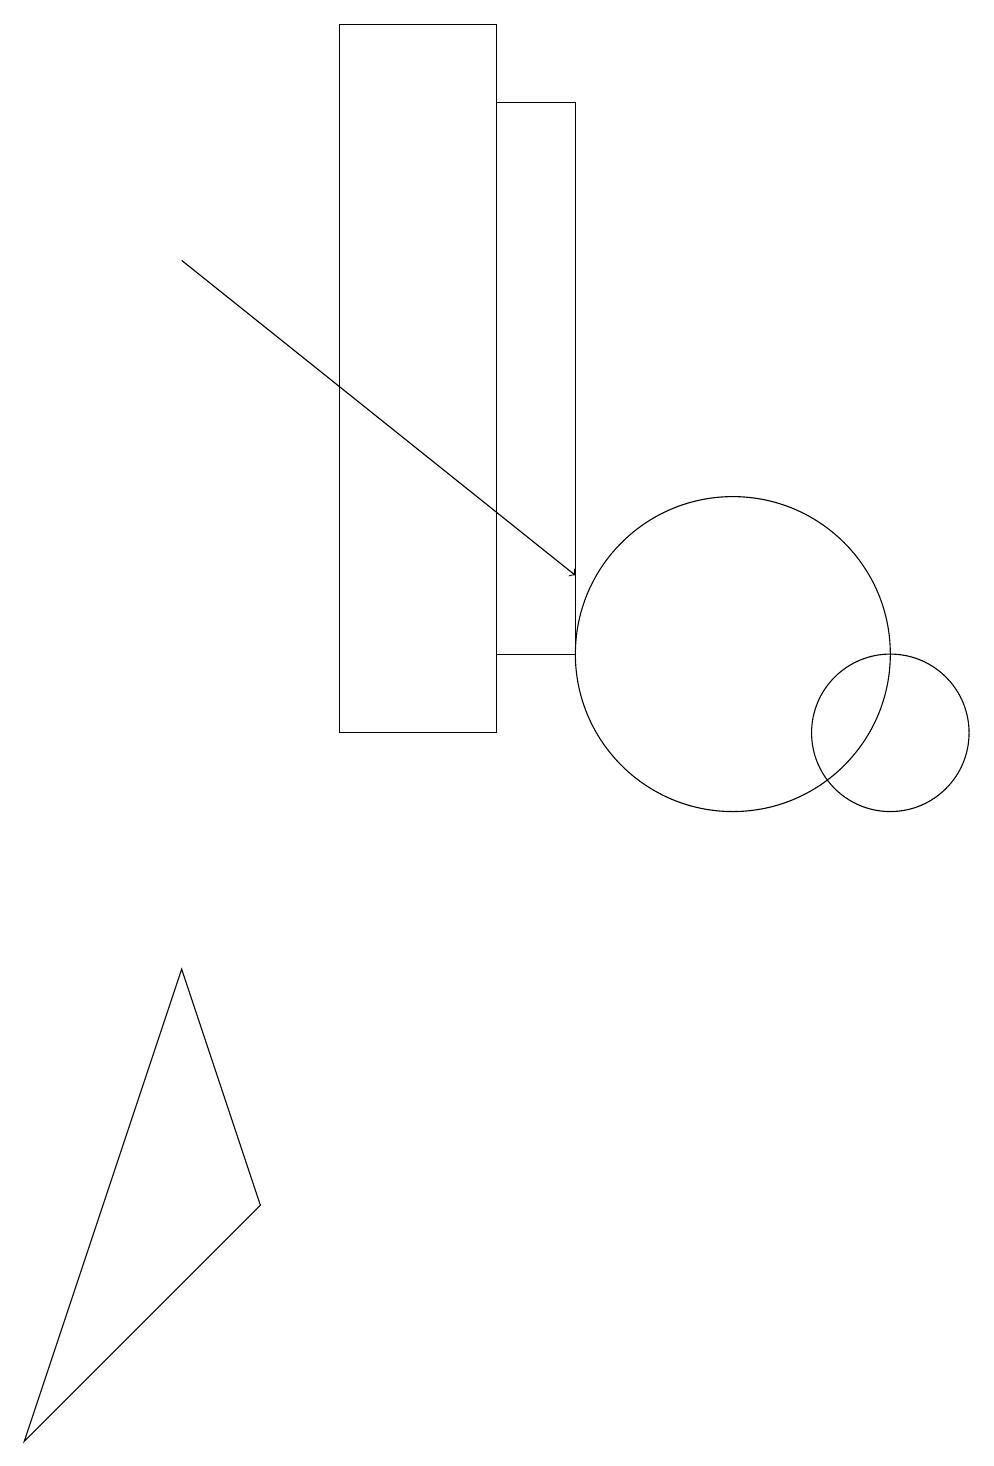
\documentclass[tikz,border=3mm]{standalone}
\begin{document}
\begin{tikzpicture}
\draw (7,19) rectangle (5,10);
\draw[->] (3,16) -- (8,12);
\draw (12,10) circle (1);
\draw (3,7) -- (1,1) -- (4,4) -- cycle;
\draw (10,11) circle (2);
\draw (8,18) rectangle (7,11);
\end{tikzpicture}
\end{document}